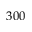
3 0 0